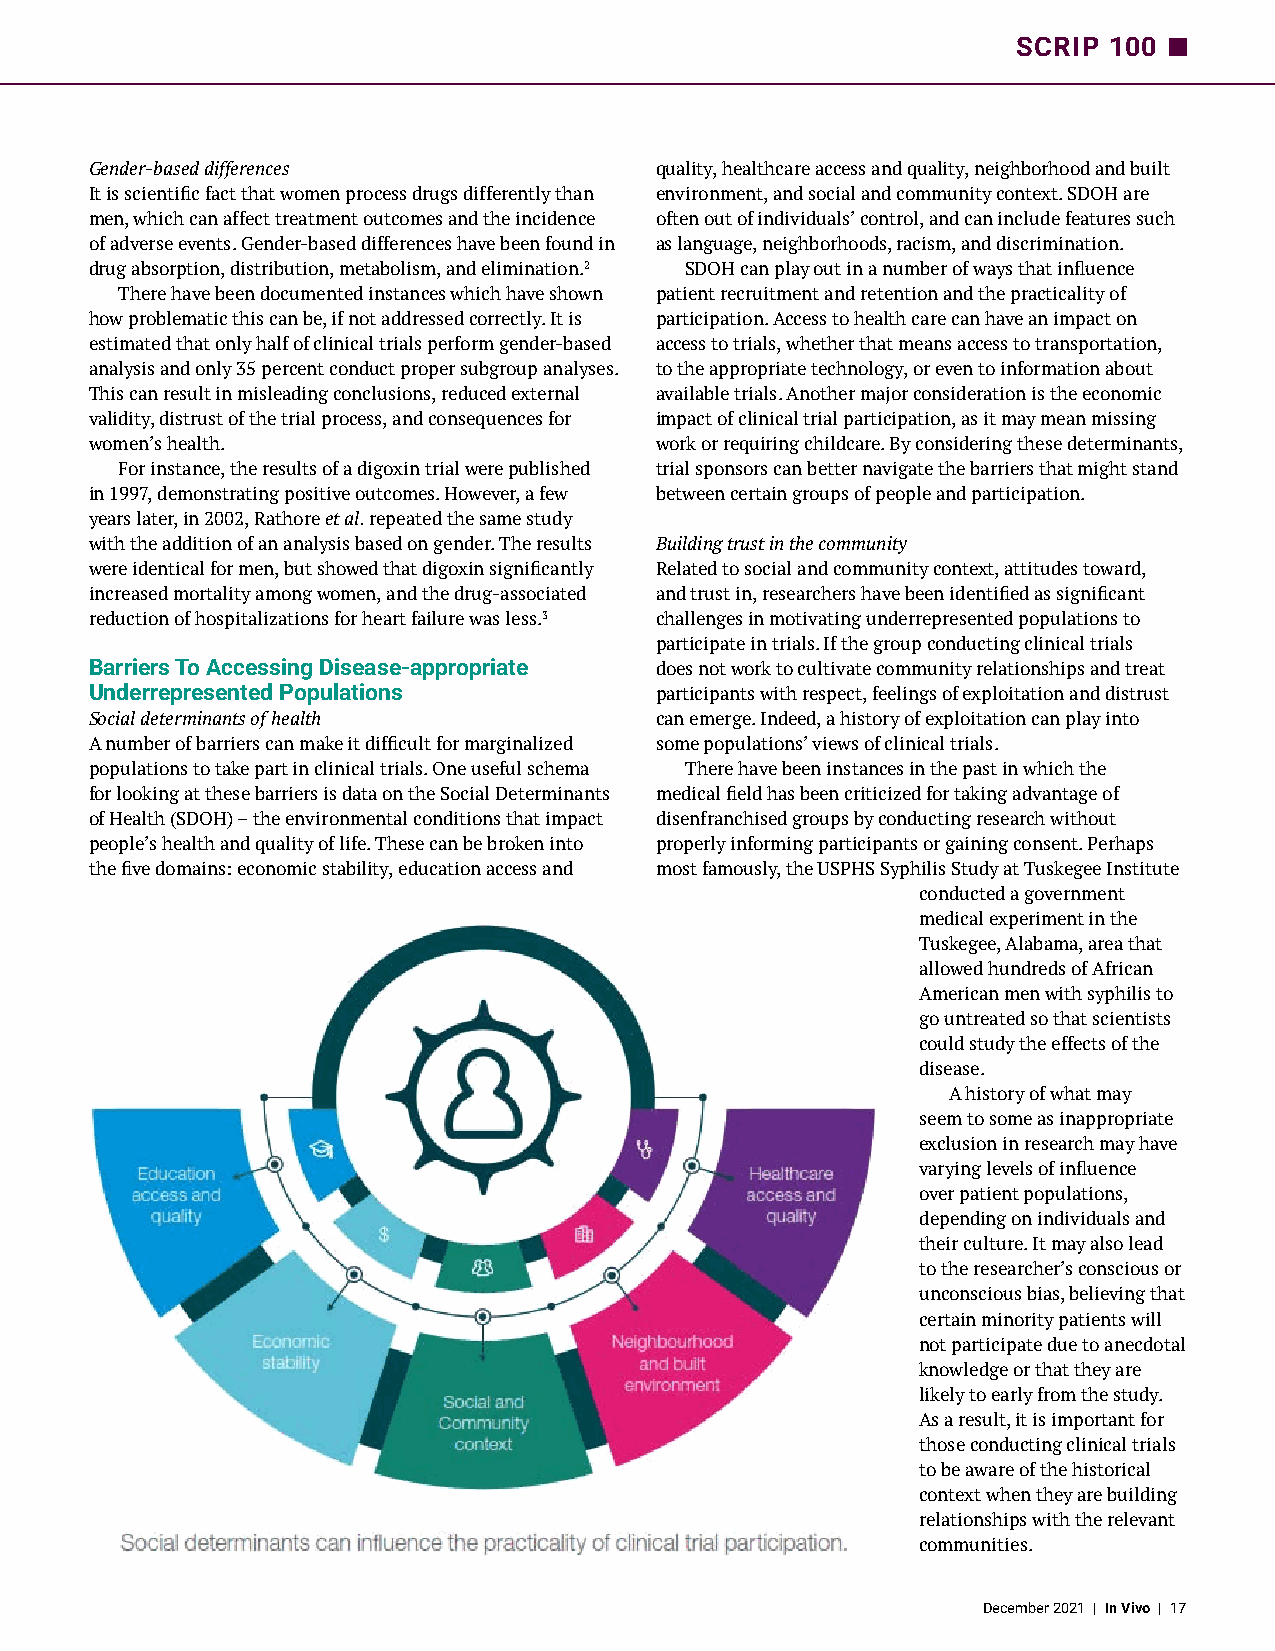
SCRIP 100
 Gender-based differences             quality, healthcare access and quality, neighborhood and built
 It is scientific fact that women process drugs differently than environment, and social and community context. SDOH are
 men, which can affect treatment outcomes and the incidence often out of individuals’ control, and can include features such
 of adverse events. Gender-based differences have been found in as language, neighborhoods, racism, and discrimination.
 drug absorption, distribution, metabolism, and elimination.2 SDOH can play out in a number of ways that influence
 There have been documented instances which have shown patient recruitment and retention and the practicality of
 how problematic this can be, if not addressed correctly. It is participation. Access to health care can have an impact on
 estimated that only half of clinical trials perform gender-based access to trials, whether that means access to transportation,
 analysis and only 35 percent conduct proper subgroup analyses. to the appropriate technology, or even to information about
 This can result in misleading conclusions, reduced external available trials. Another major consideration is the economic
 validity, distrust of the trial process, and consequences for impact of clinical trial participation, as it may mean missing
 women’s health.                      work or requiring childcare. By considering these determinants,
 For instance, the results of a digoxin trial were published trial sponsors can better navigate the barriers that might stand
 in 1997, demonstrating positive outcomes. However, a few between certain groups of people and participation.
 years later, in 2002, Rathore et al. repeated the same study
 with the addition of an analysis based on gender. The results Building trust in the community
 were identical for men, but showed that digoxin significantly Related to social and community context, attitudes toward,
 increased mortality among women, and the drug-associated and trust in, researchers have been identified as significant
 reduction of hospitalizations for heart failure was less.3 challenges in motivating underrepresented populations to
 participate in trials. If the group conducting clinical trials
 Barriers To Accessing Disease-appropriate does not work to cultivate community relationships and treat
 Underrepresented Populations         participants with respect, feelings of exploitation and distrust
 Social determinants of health        can emerge. Indeed, a history of exploitation can play into
 A number of barriers can make it difficult for marginalized some populations’ views of clinical trials.
 populations to take part in clinical trials. One useful schema There have been instances in the past in which the
 for looking at these barriers is data on the Social Determinants medical field has been criticized for taking advantage of
 of Health (SDOH) – the environmental conditions that impact disenfranchised groups by conducting research without
 people’s health and quality of life. These can be broken into properly informing participants or gaining consent. Perhaps
 the five domains: economic stability, education access and most famously, the USPHS Syphilis Study at Tuskegee Institute
 conducted a government
 medical experiment in the
 Tuskegee, Alabama, area that
 allowed hundreds of African
 American men with syphilis to
 go untreated so that scientists
 could study the effects of the
 disease.
 A history of what may
 seem to some as inappropriate
 exclusion in research may have
 varying levels of influence
 over patient populations,
 depending on individuals and
 their culture. It may also lead
 to the researcher’s conscious or
 unconscious bias, believing that
 certain minority patients will
 not participate due to anecdotal
 knowledge or that they are
 likely to early from the study.
 As a result, it is important for
 those conducting clinical trials
 to be aware of the historical
 context when they are building
 relationships with the relevant
 communities.
 December 2021 | In Vivo | 17